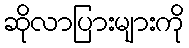
ဆိုလာပြားများကို